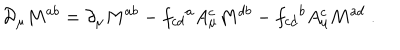
{ \cal D } _ { \mu } M ^ { a b } = \partial _ { \mu } M ^ { a b } - f _ { c d } { } ^ { a } A _ { \mu } ^ { c } M ^ { d b } - f _ { c d } { } ^ { b } A _ { \mu } ^ { c } M ^ { a d } \ .